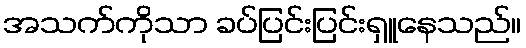
အသက်ကိုသာ ခပ်ပြင်းပြင်းရှူနေသည်။